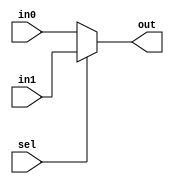
`timescale 1ns / 1ps

module mux2X1_parameter( in0,in1,sel,out);
parameter width=64; 
input [width-1:0] in0,in1;
input sel;
output [width-1:0] out;
assign out=(sel)?in1:in0;
endmodule